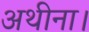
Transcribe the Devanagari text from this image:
अथीना।